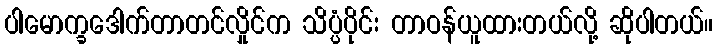
ပါမောက္ခဒေါက်တာတင်လှိုင်က သိပ္ပံပိုင်း တာဝန်ယူထားတယ်လို့ ဆိုပါတယ်။